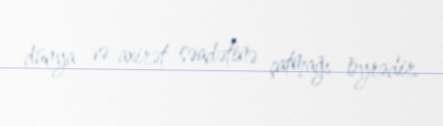
dünya və axirət səadətinə çatmağı öyrədir.